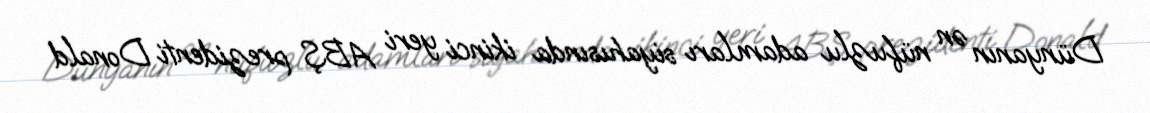
Dünyanın ən nüfuzlu adamları siyahısında ikinci yeri ABŞ prezidenti Donald